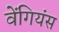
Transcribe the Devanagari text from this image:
वेंगियंस